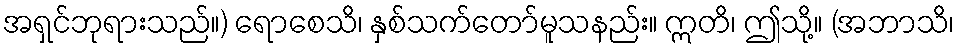
အရှင်ဘုရားသည်။) ရောစေသိ၊ နှစ်သက်တော်မူသနည်း။ ဣတိ၊ ဤသို့။ (အဘာသိ၊